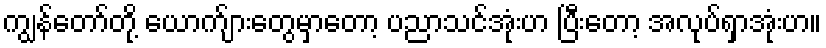
ကျွန်တော်တို့ ယောက်ျားတွေမှာတော့ ပညာသင်အုံးဟ ပြီးတော့ အလုပ်ရှာအုံးဟ။